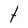
Character: t